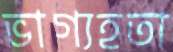
ভাগ্যহতা